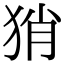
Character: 𤞚